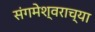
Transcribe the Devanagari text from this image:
संगमेश्वराच्या